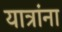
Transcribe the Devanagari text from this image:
यात्रांना